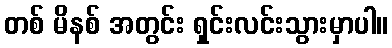
တစ် မိနစ် အတွင်း ရှင်းလင်းသွားမှာပါ။